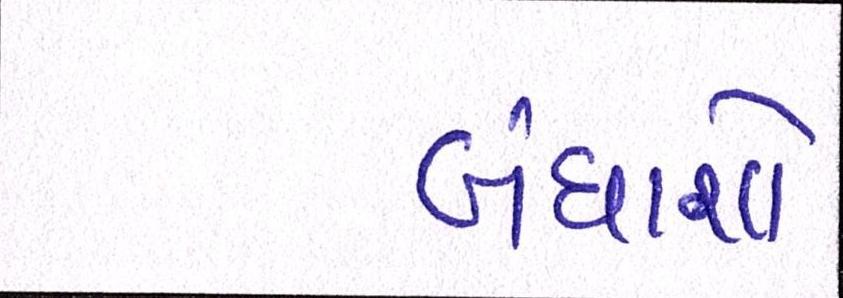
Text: બંધાશો